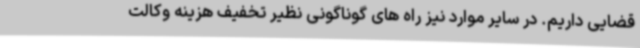
قضایی داریم. در سایر موارد نیز راه های گوناگونی نظیر تخفیف هزینه وکالت